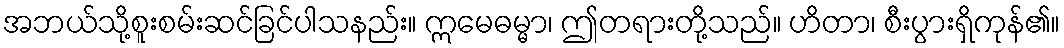
အဘယ်သို့စူးစမ်းဆင်ခြင်ပါသနည်း။ ဣမေဓမ္မာ၊ ဤတရားတို့သည်။ ဟိတာ၊ စီးပွားရှိကုန်၏။